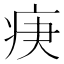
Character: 𤵨